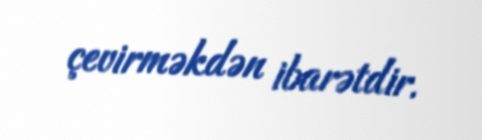
çevirməkdən ibarətdir.